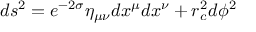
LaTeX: d s ^ { 2 } = e ^ { - 2 \sigma } \eta _ { \mu \nu } d x ^ { \mu } d x ^ { \nu } + r _ { c } ^ { 2 } d \phi ^ { 2 }